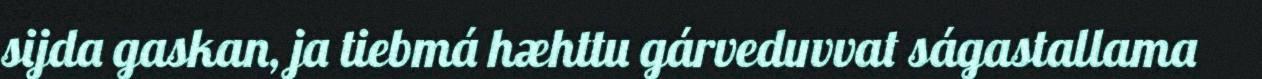
sijda gaskan, ja tiebmá hæhttu gárveduvvat ságastallama